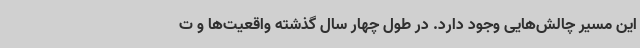
این مسیر چالش‌هایی وجود دارد. در طول چهار سال گذشته واقعیت‌ها و ت